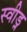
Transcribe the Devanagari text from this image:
स्वीड्न